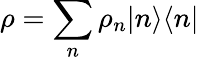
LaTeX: \rho=\sum_{n}\rho_{n}|n\rangle\langle n|